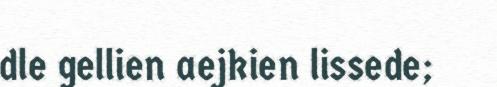
dle gellien aejkien lissede;